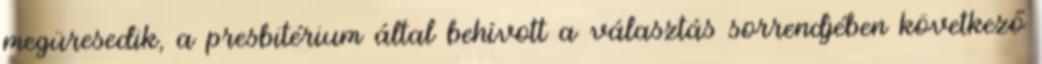
megüresedik, a presbitérium által behívott a választás sorrendjében következő